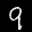
Label: 9